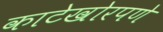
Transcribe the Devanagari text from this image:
काटेखोरपणे